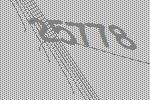
25778